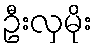
ဦးလှမိုး